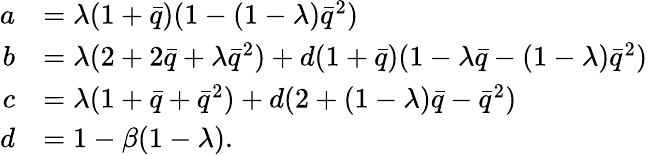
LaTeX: \begin{array}{rl}{a}&{=\lambda(1+\bar{q})(1-(1-\lambda)\bar{q}^{2})}\\ {b}&{=\lambda(2+2\bar{q}+\lambda\bar{q}^{2})+d(1+\bar{q})(1-\lambda\bar{q}-(1-\lambda)\bar{q}^{2})}\\ {c}&{=\lambda(1+\bar{q}+\bar{q}^{2})+d(2+(1-\lambda)\bar{q}-\bar{q}^{2})}\\ {d}&{=1-\beta(1-\lambda).}\end{array}